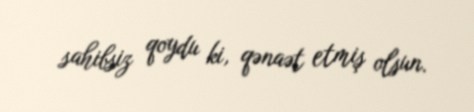
sahibsiz qoydu ki, qənaət etmiş olsun.